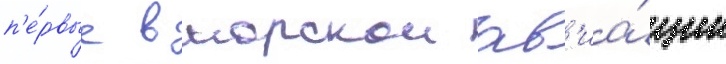
п'е́рвые в морскои ав'иа́ции